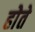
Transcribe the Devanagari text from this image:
होेते